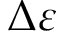
\Delta \varepsilon